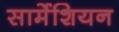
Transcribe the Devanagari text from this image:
सार्मेशियन